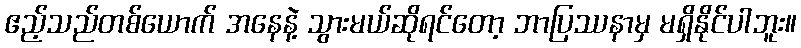
ဧည့်သည်တစ်ယောက် အနေနဲ့ သွားမယ်ဆိုရင်တော့ ဘာပြဿနာမှ မရှိနိုင်ပါဘူး။